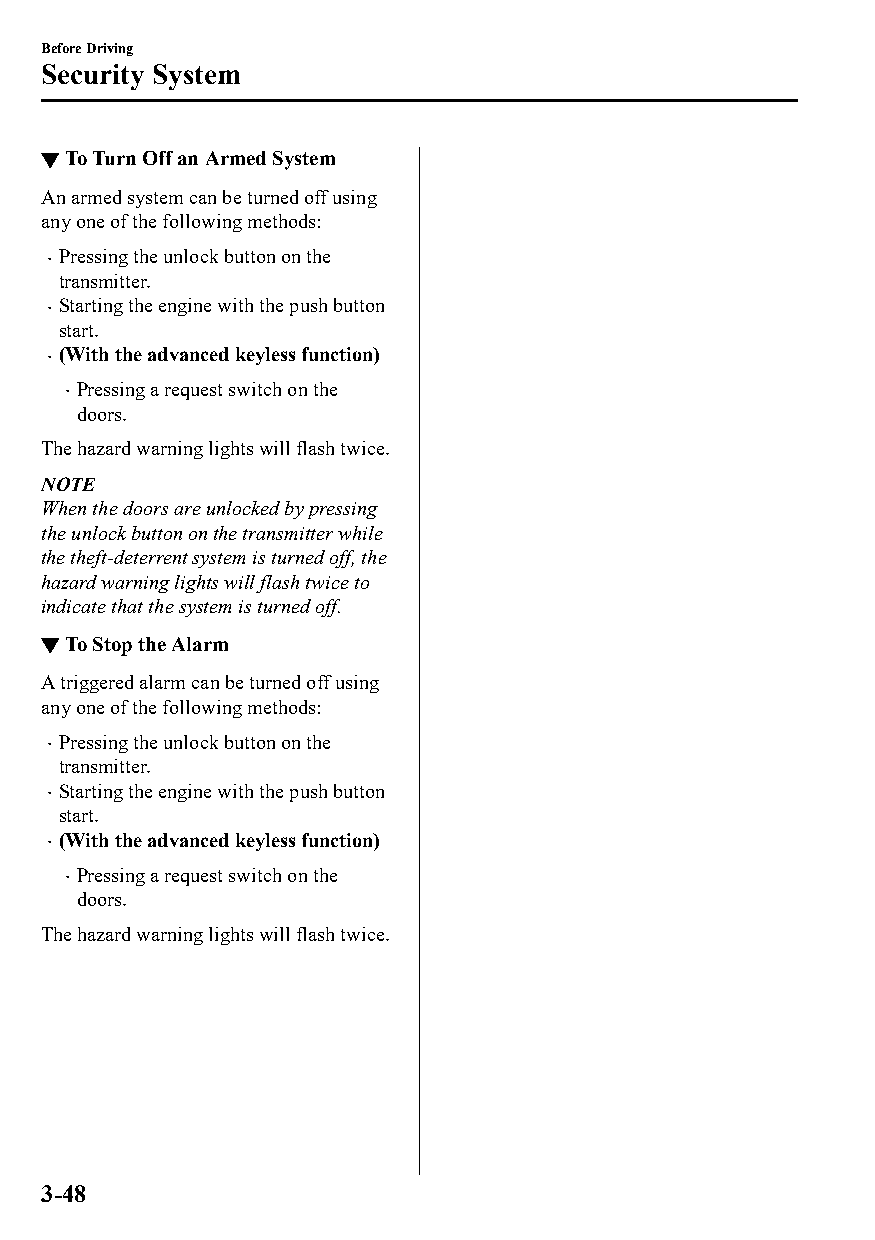
Before Driving
 Security System
 ▼To Turn Off an Armed System
 An armed system can be turned off using
 any one of the following methods:
 Pressing the unlock button on the
 
 transmitter.
 Starting the engine with the push button
 
 start.
 (With the advanced keyless function)
 
 Pressing a request switch on the
 
 doors.
 The hazard warning lights will flash twice.
 NOTE
 When the doors are unlocked by pressing
 the unlock button on the transmitter while
 the theft-deterrent system is turned off, the
 hazard warning lights will flash twice to
 indicate that the system is turned off.
 ▼To Stop the Alarm
 A triggered alarm can be turned off using
 any one of the following methods:
 Pressing the unlock button on the
 
 transmitter.
 Starting the engine with the push button
 
 start.
 (With the advanced keyless function)
 
 Pressing a request switch on the
 
 doors.
 The hazard warning lights will flash twice.
 3-48
 CX-3_8GT4-EE-18D_Edition4                  2018-9-6 18:32:19